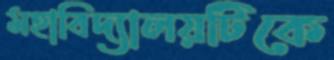
মহাবিদ্যালয়টিকে